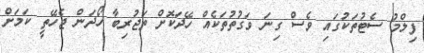
ފިލްމު ސެޓުތަކުގައި ވެސް ގިނަ ވަގުތުތަކެއް ހޭދަކޮށް ތަޖުރިބާ ހޯދަން ޖެހޭތީ ކަމަށް